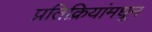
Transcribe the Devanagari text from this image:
प्रतिक्रियांमधून